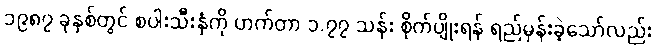
၁၉၈၇ ခုနှစ်တွင် စပါးသီးနှံကို ဟက်တာ ၁.၇၇ သန်း စိုက်ပျိုးရန် ရည်မှန်းခဲ့သော်လည်း